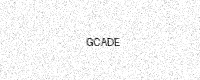
Text: GCADE